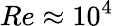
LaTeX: Re\approx 10^{4}